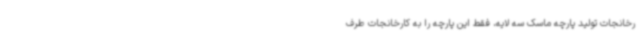
رخانجات تولید پارچه ماسک سه لایه، فقط این پارچه را به کارخانجات طرف